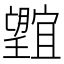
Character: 𭩕